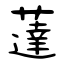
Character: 薘